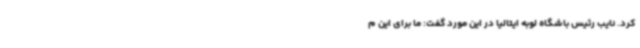
کرد. نایب رئیس باشگاه لوبه ایتالیا در این مورد گفت: ما برای این م